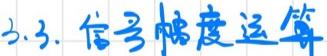
3.3. 信号幅度运算